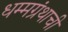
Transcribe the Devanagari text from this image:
धम्मग्रंथाची